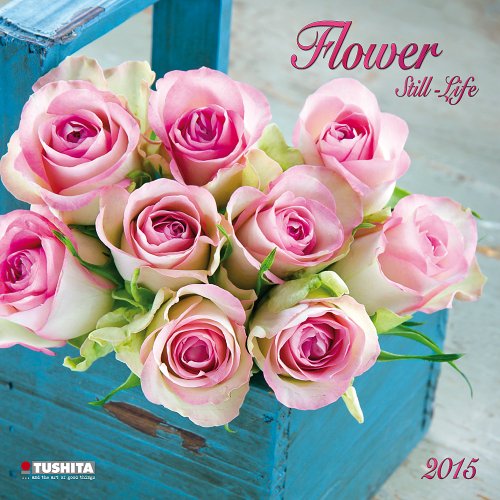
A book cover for Flower Still Life (Wonderful World); Tushita Publishing; Calendars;